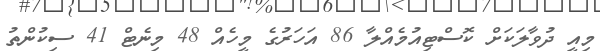
މިއީ ދުވާލަކަށް ކޮސްޓިއުމެއްލާ 86 އަހަރުގެ މީހެއް 48 މިނެޓް 41 ސިކުންތު